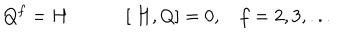
LaTeX: Q ^ { f } = H \: \: \: \: \: \: \, \: \: \: \: \: \: \ [ \ H , Q ] = 0 , \: \: \: \ f = 2 , 3 , . . .